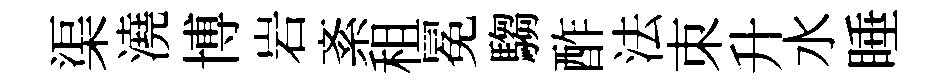
渠澆博岩紊租冕騶酢法朿升水睡